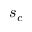
s _ { c }